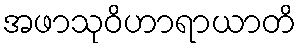
အဖာသုဝိဟာရာယာတိ